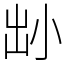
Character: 𡭧